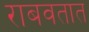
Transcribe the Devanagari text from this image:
राबवतात